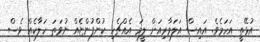
އުޅޭތީ އަހަމެވެ. އައިސް އަލަމާރިއަށް ލީމަ އެއްޗެހި ކުންފުންޏެއް ނުވަތަ ހަލާކެއް ވެސް